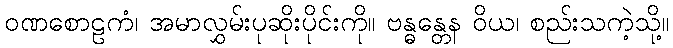
ဝဏစောဠကံ၊ အမာလွှမ်းပုဆိုးပိုင်းကို။ ဗန္ဓန္တေန ဝိယ၊ စည်းသကဲ့သို့။